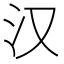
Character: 汉